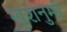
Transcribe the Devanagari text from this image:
ख़ुशनुमा